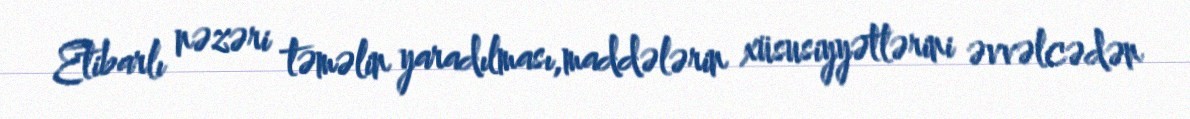
Etibarlı nəzəri təməlin yaradılması,maddələrin xüsusiyyətlərini əvvəlcədən